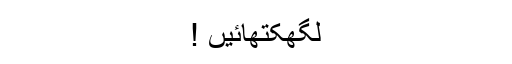
لگھکتھائیں !